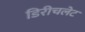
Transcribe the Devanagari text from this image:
डिरीचलेट